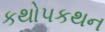
કથોપકથન